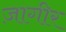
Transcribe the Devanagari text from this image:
ज़ागीर